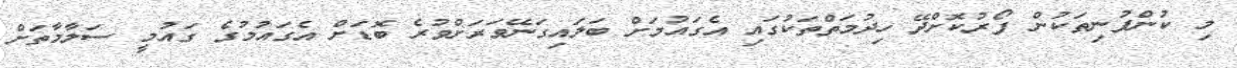
މި ކުންފުނިތަކުން ފޯރުކޮށްދޭ ހިދުމަތްތަކުގައި އެގައުމަށް ބަލައިގަނޭވަރަށްވުރެ ބޮޑަށް އެގައުމުގެ ގައުމީ ސަލާމާތަށް